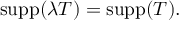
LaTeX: \operatorname { s u p p } ( \lambda T ) = \operatorname { s u p p } ( T ) .